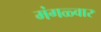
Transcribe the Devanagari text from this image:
मंगळ्वार